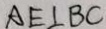
A E \bot B C